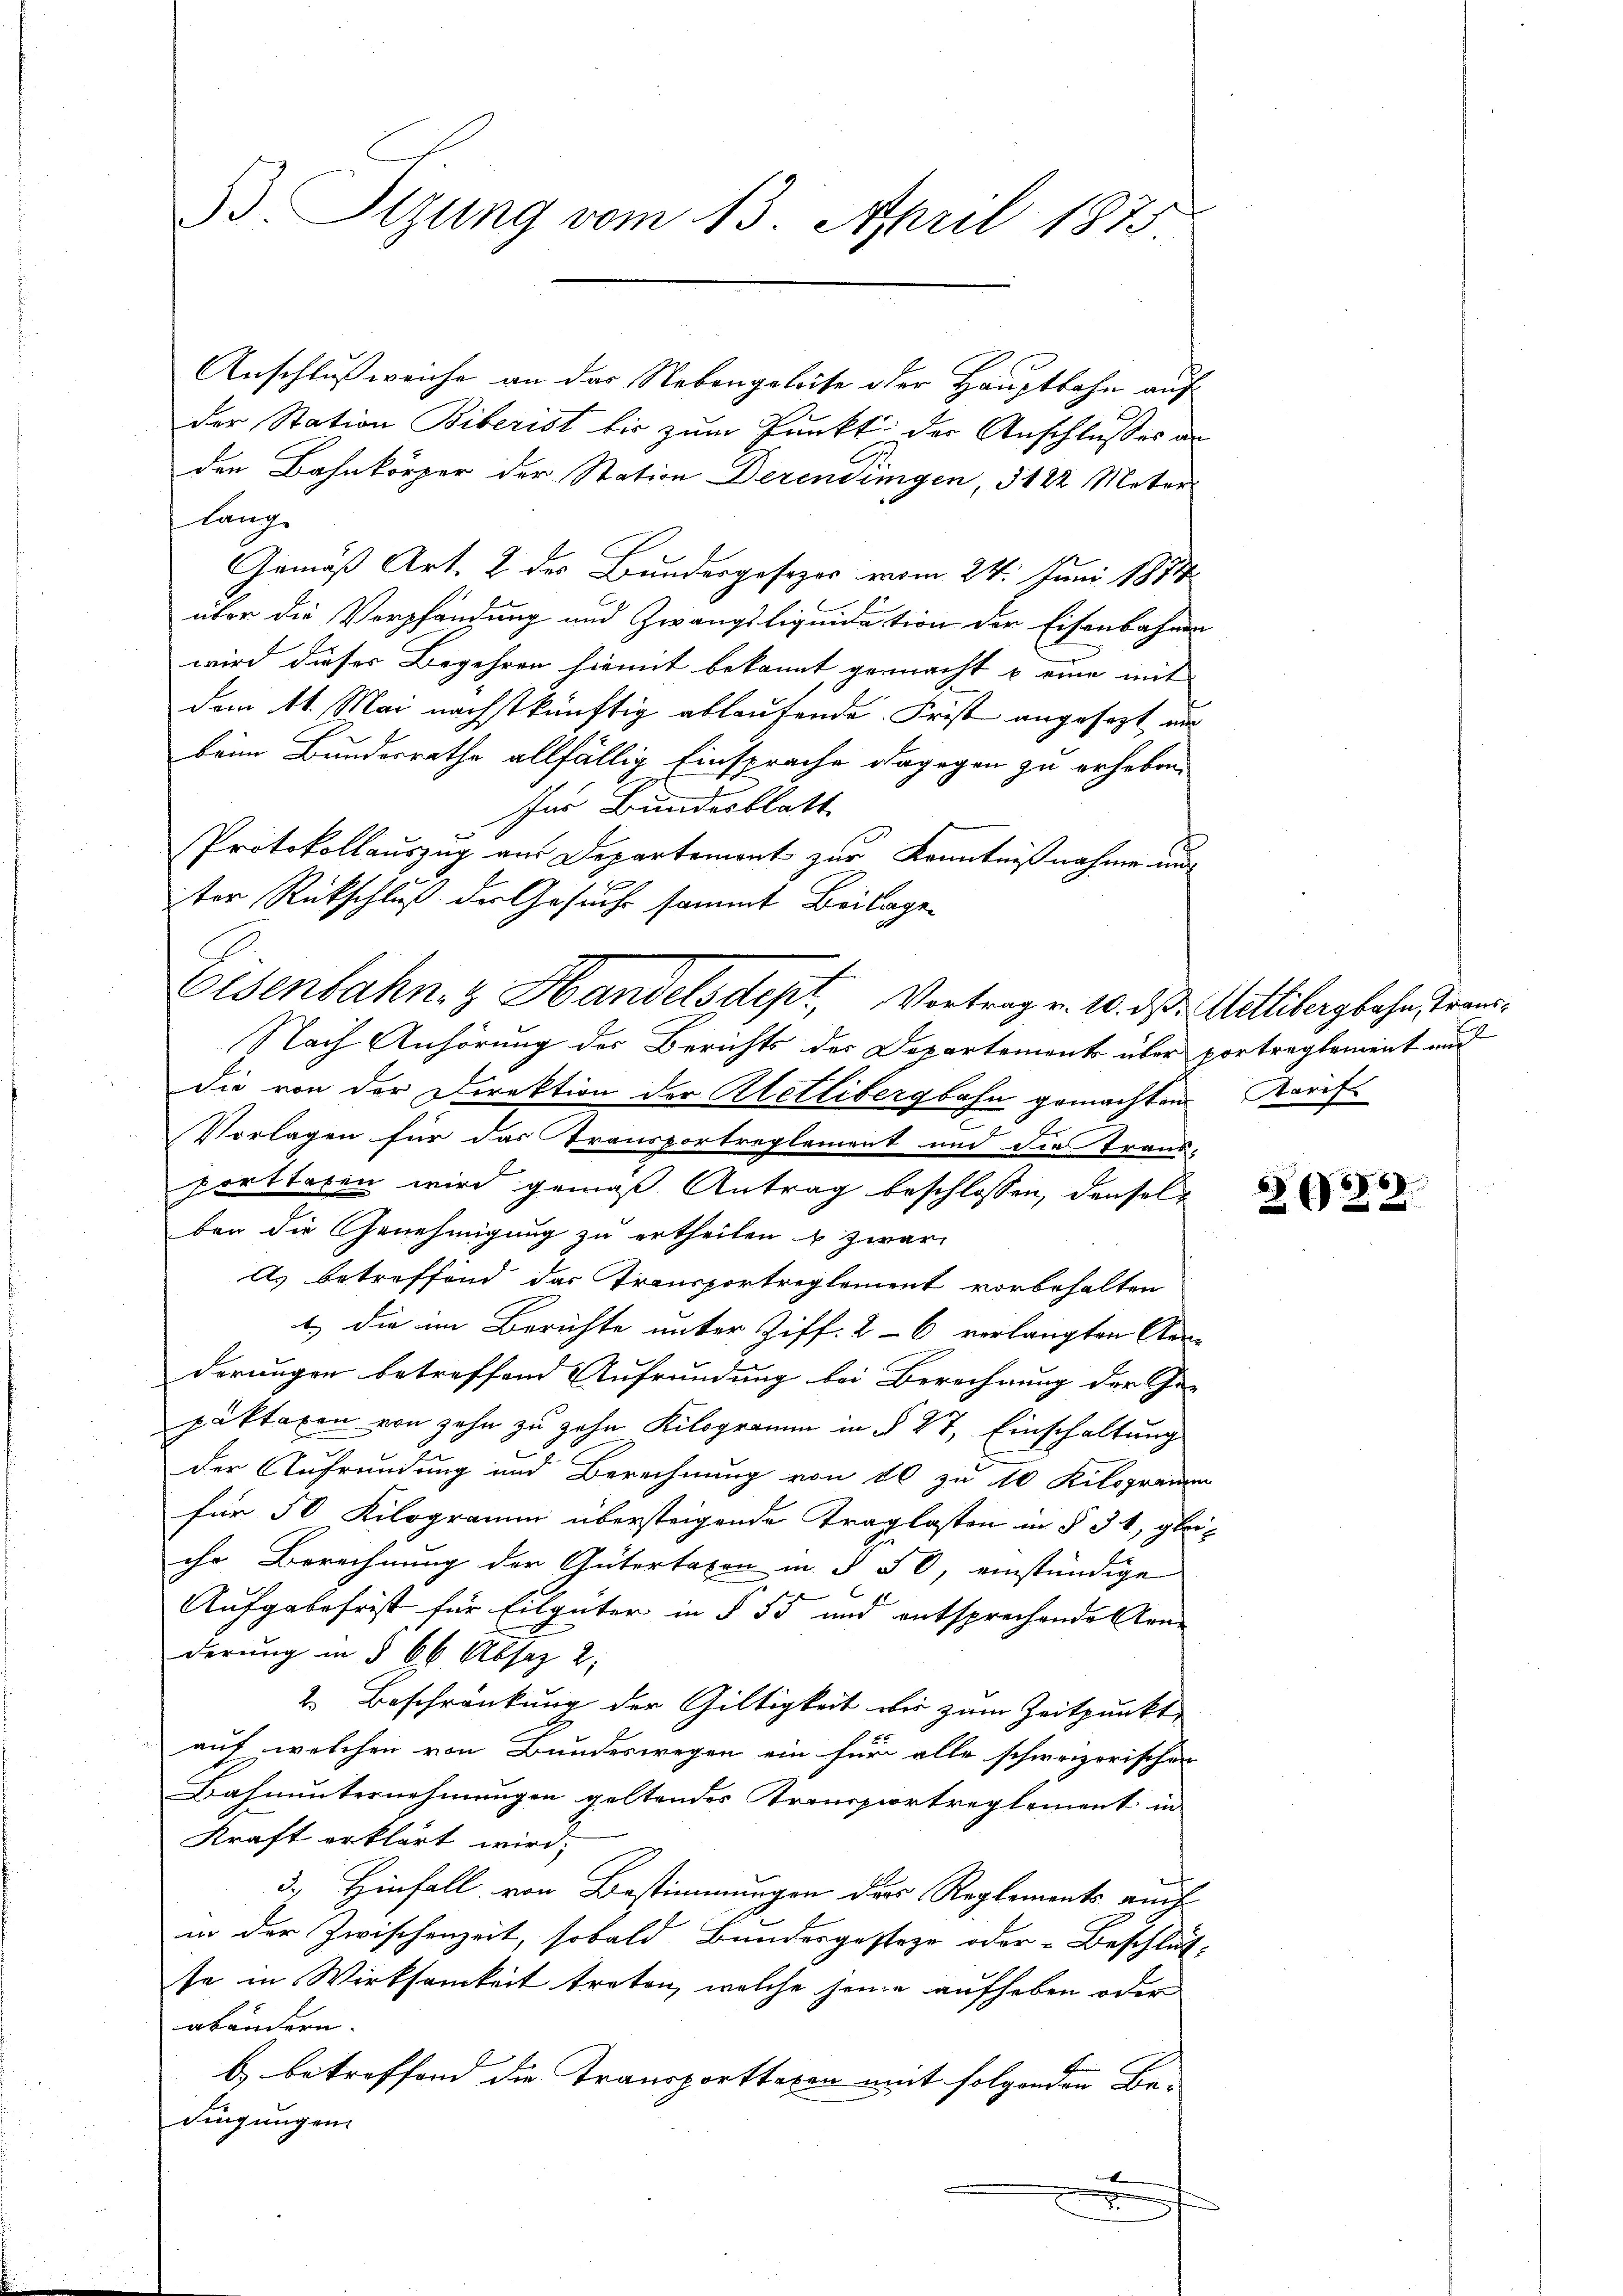
B. Sizung vom 13. April 1873.

Anschluß weiche an das Nebengeleite oder Hauptbahn auf
der Station Biberist bis zum Punkt der Anschlußes an
den Bahnkörper der Station Derendingen, 3122 Mater
lang
Gemäß Art. 2 des Bundesgesezes vom 24. Juni 1884
über die Verpfändung und Zwangsliquidation der Eisenbahnen
wird dieser Begehren hiemit bekannt gemacht u eine mit |
dem 11. Mai nächstkünftig ablaufende Frist angesagt an
beim Bundesrathe allfällig Einsprache dagegen zu erheben
für Bundesblatt
Protokollauszug aus Departement zur Kenntnißnahme und
ter Rückschluß der Gesuche sammt Beilage
Nach Anhörung der Berichts des Departement über portreglement und
die von der Direktion der Wetlibergbahn gemachten Tarif
E
Vorlagen für das Transportreglement und die Traus-
porttaren wird gemäß Antrag beschlossen, denselben die Genehmigung zu ertheilen & zwar
As betreffend das Transportreglement vorbehalten
1.) Die im Berichte unter Ziff. 26 verlangten Kon-
derungen betreffend Aufrundung bei Berechnung der Ge-
päktaxen von zehn zu zehn Kilogramm in § 27, Einschaltung
der Aufrundung und Berechnung von 10 zu 10 Kilogramm
für 50 Kilogramm übersteigende Traglasten in § 34, gleiihr Berechnung der Gütertaxen in § 50, einständige
Aufgabefrist für Eilgüter in § 55 und entsprechende anderung in § 66 Absaz 2;
2. Beschränkung der Gültigkeit wir zum Zeitpunkt,
auf welchen von Bundeswegen ein für alle schweizerischen
Bahnunternehmungen geltendes Transportreglement in
Kraft erklärt wird;
3., Hinfall, von Bestimmungen der Reglements auch
in der Zwischenzeit, sobald Bundesgestehe oder Beschluß-
se in Wirksamkeit treten, welche seine aufheben oder
abändern.
b) betreffend die Transporttaxen mit folgenden Be-
dingungen
x

Eisenbahn & Handelsdept, Vortrag v. 10. ds. Mittibergbahn, den

3

6